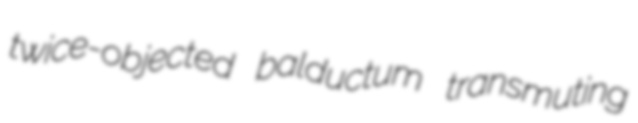
twice-objected balductum transmuting